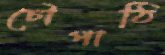
চৌপাঠি